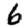
Digit: 6